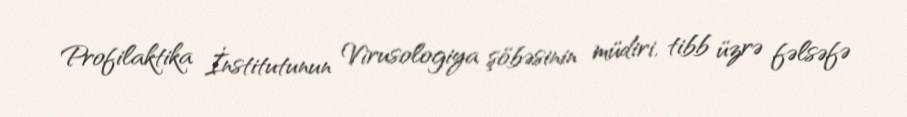
Profilaktika İnstitutunun Virusologiya şöbəsinin müdiri, tibb üzrə fəlsəfə